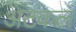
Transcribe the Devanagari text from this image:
अटकलं